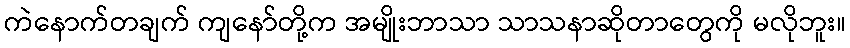
ကဲနောက်တချက် ကျနော်တို့က အမျိုးဘာသာ သာသနာဆိုတာတွေကို မလိုဘူး။